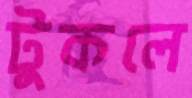
টুকলে